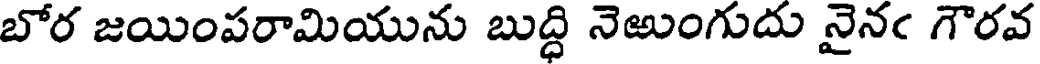
బోర జయింపరామియును బుద్ధి నెఱుంగుదు నైనఁ గౌరవ